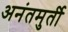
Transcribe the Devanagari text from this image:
अनंतमुर्ती